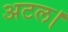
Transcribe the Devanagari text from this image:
अटल।